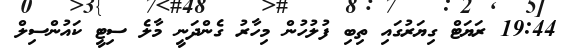
19:44 ރަޔަޓް ގިޔަރުގައި ތިބި ފުލުހުން މިހާރު ގެންދަނީ މާލެ ސިޓީ ކައުންސިލް